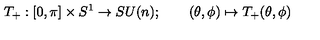
T _ { + } : [ 0 , \pi ] \times S ^ { 1 } \to S U ( n ) ; \qquad ( \theta , \phi ) \mapsto T _ { + } ( \theta , \phi )